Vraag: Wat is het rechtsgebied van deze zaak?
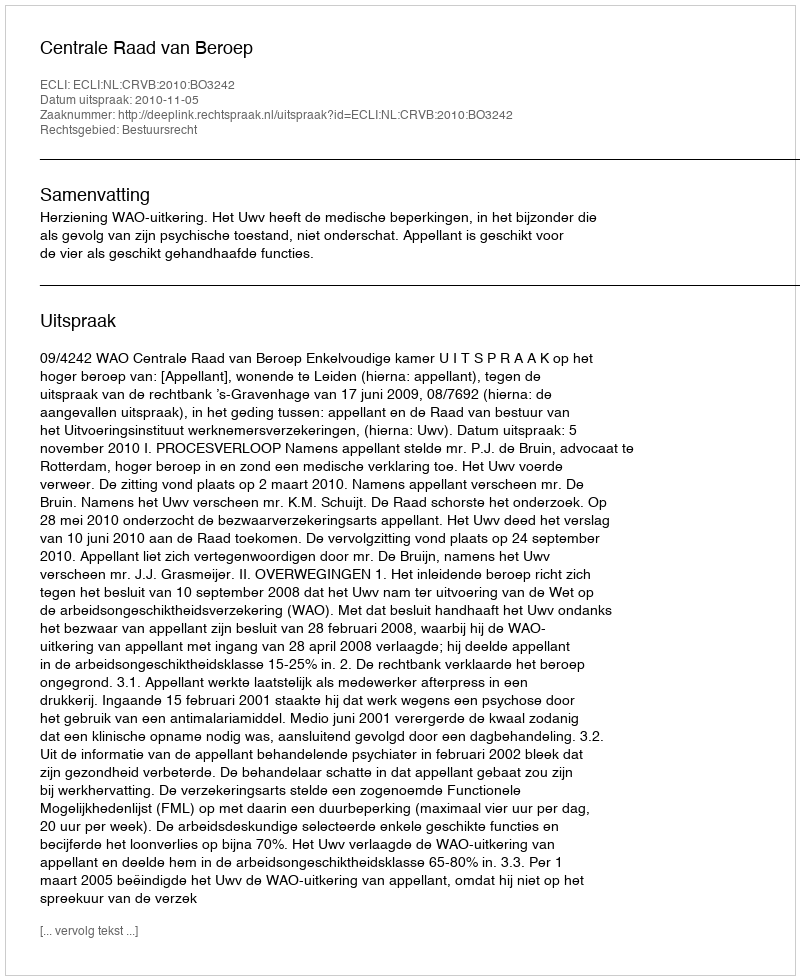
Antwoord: Bestuursrecht